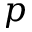
p